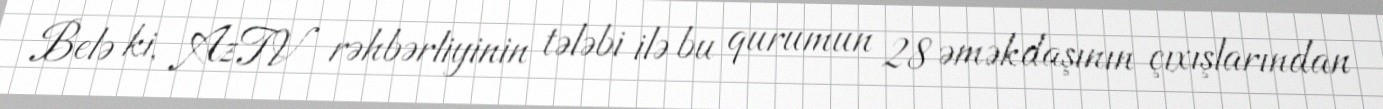
Belə ki, AzTV rəhbərliyinin tələbi ilə bu qurumun 28 əməkdaşının çıxışlarından